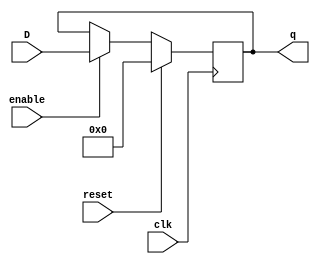
module reg_32(input clk, reset, enable, input [31:0] D, output reg [31:0] q);
initial q = 0;
always @(negedge clk) begin
  if (reset) begin
    q[31:0] = 32'b0;
  end
  else if (enable) begin
    q[31:0] = D[31:0];
  end
end
endmodule
module MDR_reg_32(input clk, reset, enable, read, input [31:0] busout, Mdatain, output [31:0] MDRout);
wire [31:0] MDRin;
mux_2_1 MDMux (busout, Mdatain, read, MDRin);
reg_32 reg_MDR (clk, reset, enable, MDRin, MDRout);
endmodule